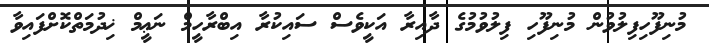
މުނިފޫހިފިލުވުން މުނިފޫހި ފިލުވުމުގެ ދާއިރާ އަކީވެސް ސައިކުރާ އިބްރާހީމް ނަޢީމް ޚިދުމަތްކޮށްފައިވާ